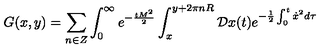
G ( x , y ) = \sum _ { n \in Z } \int _ { 0 } ^ { \infty } e ^ { - { \frac { t M ^ { 2 } } { 2 } } } \int _ { x } ^ { y + 2 \pi n R } { \cal D } x ( t ) e ^ { - { \frac { 1 } { 2 } } \int _ { 0 } ^ { t } \dot { x } ^ { 2 } d \tau }